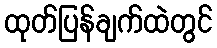
ထုတ်ပြန်ချက်ထဲတွင်